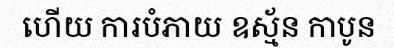
ហើយ ការបំភាយ ឧស្ម័ន កាបូន